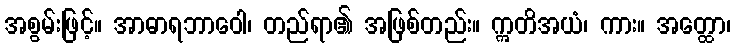
အစွမ်းဖြင့်။ အာဓာရဘာဝေါ၊ တည်ရာ၏ အဖြစ်တည်း။ ဣတိအယံ၊ ကား။ အတ္ထော၊